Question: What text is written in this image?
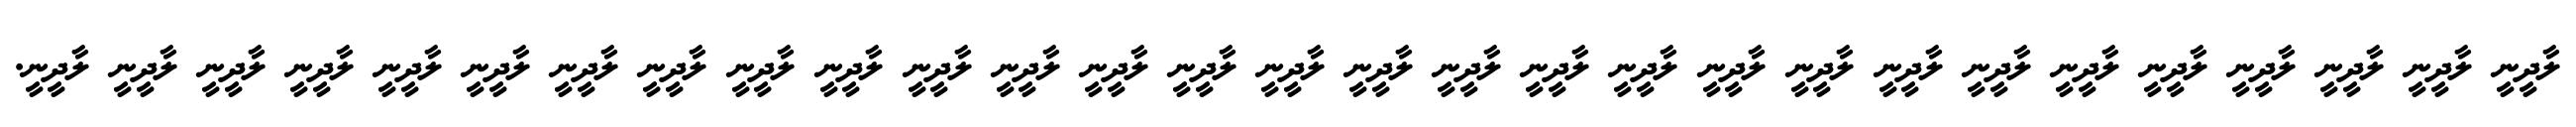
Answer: ލާދީނީ ލާދީނީ ލާދީނީ ލާދީނީ ލާދީނީ ލާދީނީ ލާދީނީ ލާދީނީ ލާދީނީ ލާދީނީ ލާދީނީ ލާދީނީ ލާދީނީ ލާދީނީ ލާދީނީ ލާދީނީ ލާދީނީ ލާދީނީ ލާދީނީ ލާދީނީ ލާދީނީ ލާދީނީ ލާދީނީ ލާދީނީ ލާދީނީ ލާދީނީ ލާދީނީ ލާދީނީ ލާދީނީ.